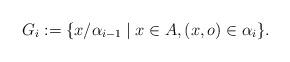
LaTeX: \begin{align*}G_i := \{ x/ \alpha_{i-1} \mid x \in A, (x, o) \in \alpha_i \}.\end{align*}